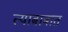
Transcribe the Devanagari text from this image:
त्याबाबात